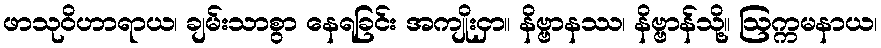
ဖာသုဝိဟာရာယ၊ ချမ်းသာစွာ နေရခြင်း အကျိုးငှာ။ နိဗ္ဗာနဿ၊ နိဗ္ဗာန်သို့။ ဩက္ကမနာယ၊